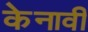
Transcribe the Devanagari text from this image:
केनावी